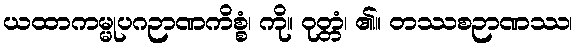
ယထာကမ္မုပဂဉာဏကိစ္စံ၊ ကို။ ဝုတ္တံ၊ ၏။ တဿစဉာဏဿ၊